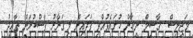
މަޖިލިސް  ޤާސިމް: ނިހާން ހުށައެޅުއްވި ފަދައިން މި ޤަރާރު ފާސްކުރަން ތާޢީދު.